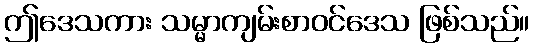
ဤဒေသကား သမ္မာကျမ်းစာဝင်ဒေသ ဖြစ်သည်။